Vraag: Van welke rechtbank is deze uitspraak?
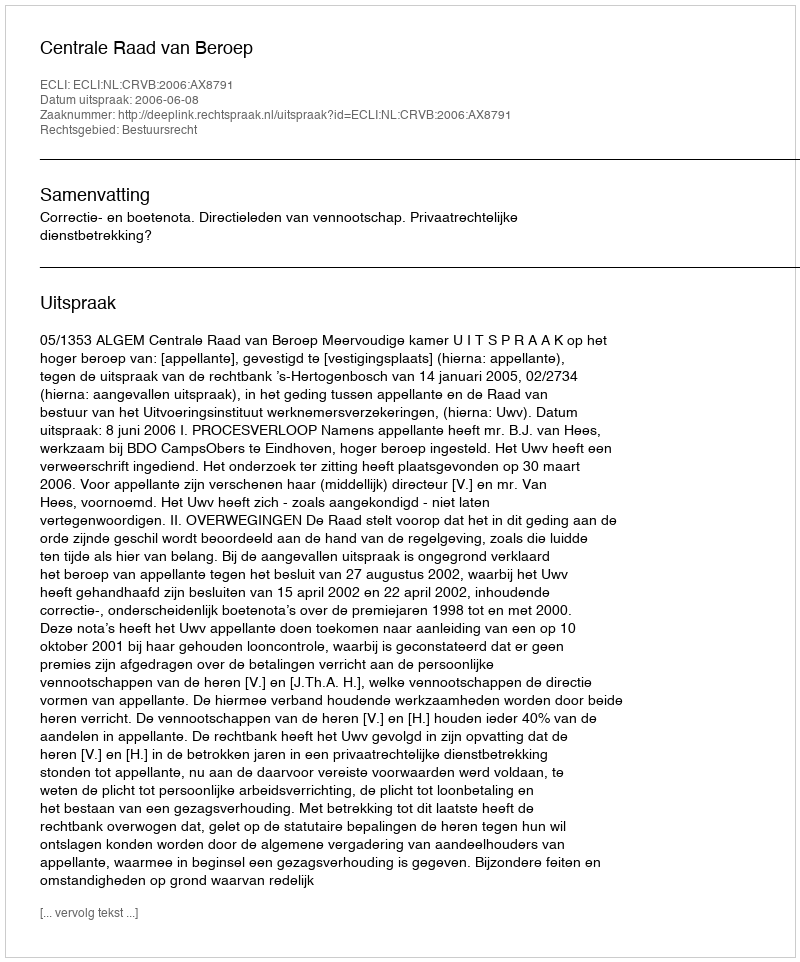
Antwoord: Centrale Raad van Beroep